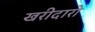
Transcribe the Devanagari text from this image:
खरीदारो